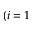
( i = 1